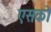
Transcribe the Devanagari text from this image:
एसको